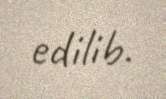
edilib.